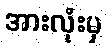
အားလုံးမှ